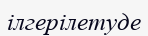
ілгерілетуде